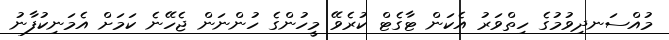
މުއްސަނދިވުމުގެ ހިތްވަރު އެކަން ޓާގެޓް ކުރެވޭ މީހުންގެ ހުންނަން ޖެހޭނެ ކަމަށް އެމަނިކުފާނު